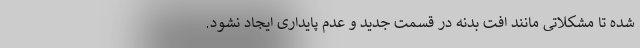
شده تا مشکلاتی مانند افت بدنه در قسمت جدید و عدم پایداری ایجاد نشود.